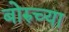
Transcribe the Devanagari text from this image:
बोरुच्या